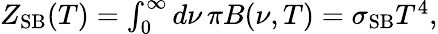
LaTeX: \begin{array}{r}{Z_{\mathrm{SB}}(T)=\int_{0}^{\infty}d\nu\, \pi B(\nu,T)=\sigma_{\mathrm{SB}}T^{4},}\end{array}